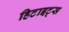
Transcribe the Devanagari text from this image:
हिटाइट्स